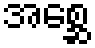
အစ္ဆေ